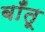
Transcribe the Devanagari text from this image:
बाँतू